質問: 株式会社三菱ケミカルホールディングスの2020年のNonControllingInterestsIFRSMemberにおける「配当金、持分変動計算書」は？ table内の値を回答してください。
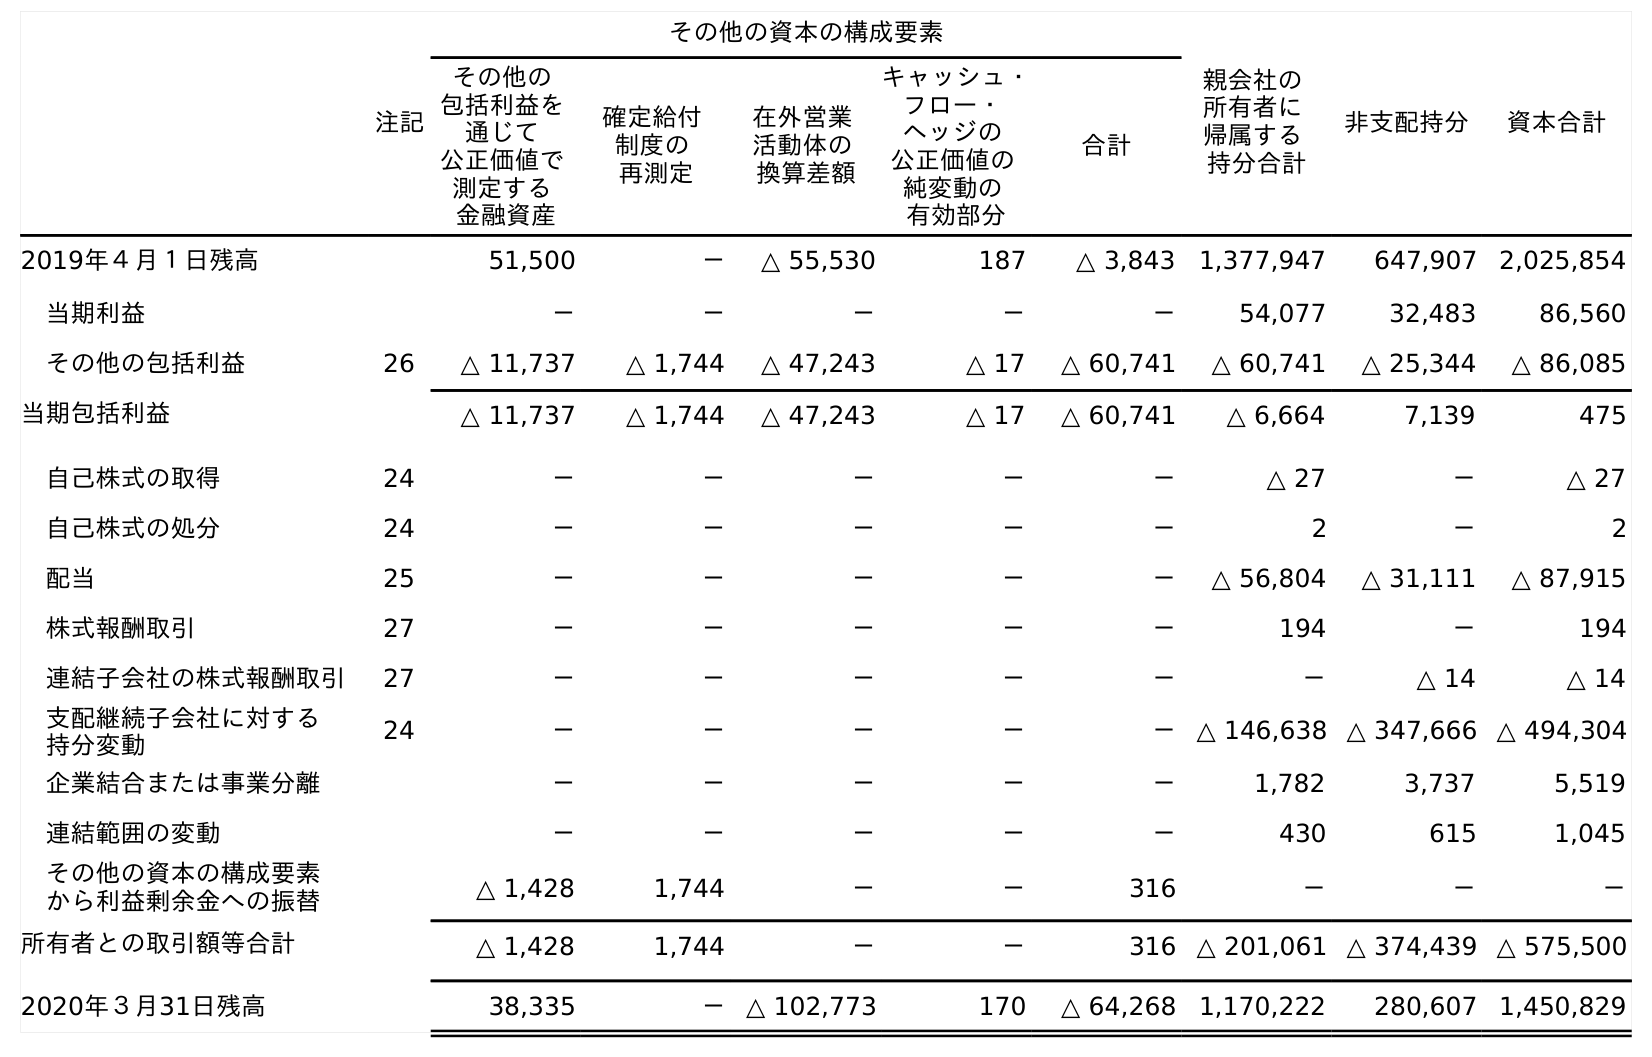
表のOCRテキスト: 注記 その他の資本の構成要素 親会社の 所有者に 帰属する 持分合計 非支配持分 資本合計 その他の 包括利益を 通じて 公正価値で 測定する 金融資産 確定給付 制度の 再測定 在外営業 活動体の 換算差額 キャッシュ・ フロー・ ヘッジの 公正価値の 純変動の 有効部分 合計 2019年４月１日残高 51,500 － △ 55,530 187 △ 3,843 1,377,947 647,907 2,025,854 当期利益 － － － － － 54,077 32,483 86,560 その他の包括利益 26 △ 11,737 △ 1,744 △ 47,243 △ 17 △ 60,741 △ 60,741 △ 25,344 △ 86,085 当期包括利益 △ 11,737 △ 1,744 △ 47,243 △ 17 △ 60,741 △ 6,664 7,139 475 自己株式の取得 24 － － － － － △ 27 － △ 27 自己株式の処分 24 － － － － － 2 － 2 配当 25 － － － － － △ 56,804 △ 31,111 △ 87,915 株式報酬取引 27 － － － － － 194 － 194 連結子会社の株式報酬取引 27 － － － － － － △ 14 △ 14 支配継続子会社に対する 持分変動 24 － － － － － △ 146,638 △ 347,666 △ 494,304 企業結合または事業分離 － － － － － 1,782 3,737 5,519 連結範囲の変動 － － － － － 430 615 1,045 その他の資本の構成要素 から利益剰余金への振替 △ 1,428 1,744 － － 316 － － － 所有者との取引額等合計 △ 1,428 1,744 － － 316 △ 201,061 △ 374,439 △ 575,500 2020年３月31日残高 38,335 － △ 102,773 170 △ 64,268 1,170,222 280,607 1,450,829
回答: △31,111